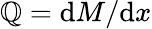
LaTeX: \mathbb{Q}=\mathrm{{d}}M/\mathrm{{d}}x